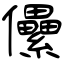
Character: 儽